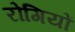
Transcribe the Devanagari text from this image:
रोगियों